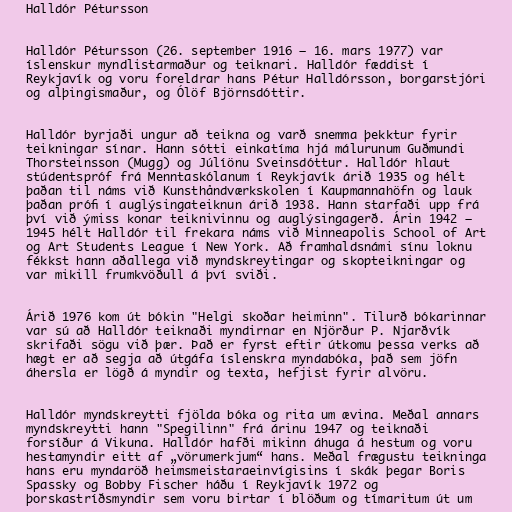
Halldór Pétursson

Halldór Pétursson (26. september 1916 – 16. mars 1977) var
íslenskur myndlistarmaður og teiknari. Halldór fæddist í
Reykjavík og voru foreldrar hans Pétur Halldórsson, borgarstjóri
og alþingismaður, og Ólöf Björnsdóttir.

Halldór byrjaði ungur að teikna og varð snemma þekktur fyrir
teikningar sínar. Hann sótti einkatíma hjá málurunum Guðmundi
Thorsteinsson (Mugg) og Júlíönu Sveinsdóttur. Halldór hlaut
stúdentspróf frá Menntaskólanum í Reykjavík árið 1935 og hélt
þaðan til náms við Kunsthåndværkskolen í Kaupmannahöfn og lauk
þaðan prófi í auglýsingateiknun árið 1938. Hann starfaði upp frá
því við ýmiss konar teiknivinnu og auglýsingagerð. Árin 1942 –
1945 hélt Halldór til frekara náms við Minneapolis School of Art
og Art Students League í New York. Að framhaldsnámi sínu loknu
fékkst hann aðallega við myndskreytingar og skopteikningar og
var mikill frumkvöðull á því sviði.

Árið 1976 kom út bókin "Helgi skoðar heiminn". Tilurð bókarinnar
var sú að Halldór teiknaði myndirnar en Njörður P. Njarðvík
skrifaði sögu við þær. Það er fyrst eftir útkomu þessa verks að
hægt er að segja að útgáfa íslenskra myndabóka, það sem jöfn
áhersla er lögð á myndir og texta, hefjist fyrir alvöru.

Halldór myndskreytti fjölda bóka og rita um ævina. Meðal annars
myndskreytti hann "Spegilinn" frá árinu 1947 og teiknaði
forsíður á Vikuna. Halldór hafði mikinn áhuga á hestum og voru
hestamyndir eitt af „vörumerkjum“ hans. Meðal frægustu teikninga
hans eru myndaröð heimsmeistaraeinvígisins í skák þegar Boris
Spassky og Bobby Fischer háðu í Reykjavík 1972 og
þorskastríðsmyndir sem voru birtar í blöðum og tímaritum út um